Sanitation, dispensaries and jails vaccination Rajputana 1922-1927 - 1922-1927
Year: 1922
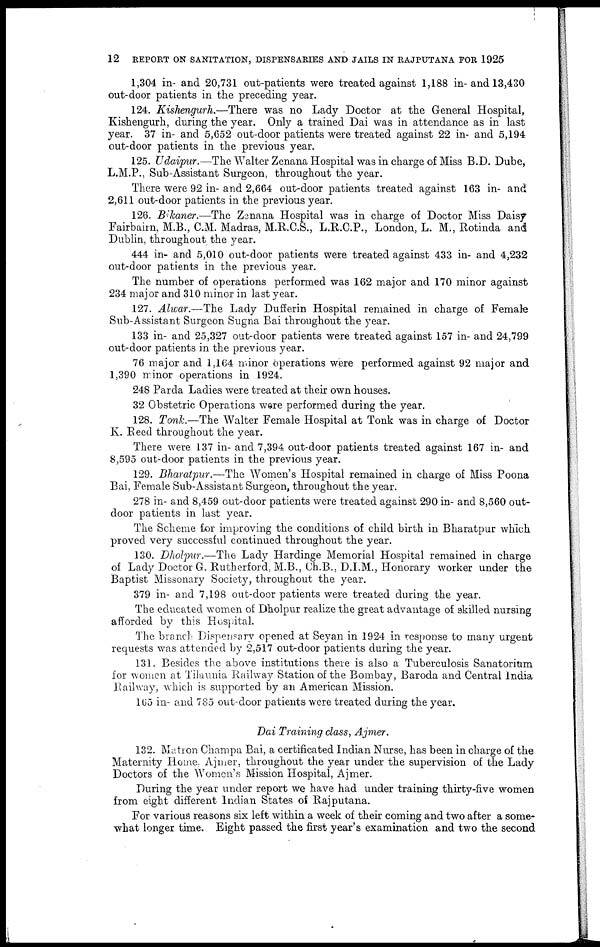
12
REPORT ON SANITATION, DISPENSARIES AND JAILS IN RAJPUTANA FOR 1925
1,304 in- and 20,731 out-patients were treated against 1,188 in-and 13,430
out-door patients in the preceding year.
124. Kishengurh.—There was no Lady Doctor at the General Hospital,
Kishengurh, during the year. Only a trained Dai was in attendance as in last
year. 37 in- and 5,652 out-door patients were treated against 22 in- and 5,194
out-door patients in the previous year.
125. Udaipur.—The Walter Zenana Hospital was in charge of Miss B.D. Dube,
L.M.P., Sub-Assistant Surgeon, throughout the year.
There were 92 in- and 2,664 out-door patients treated against 163 in- and
2,611 out-door patients in the previous year.
126. Bikaner.—The Zenana Hospital was in charge of Doctor Miss Daisy
Fairbairn, M.B., C.M. Madras, M.R.C.S., L.R.C.P., London, L. M., Rotinda and
Dublin, throughout the year.
444 in- and 5,010 out-door patients were treated against 433 in- and 4,232
out-door patients in the previous year.
The number of operations performed was 162 major and 170 minor against
234 major and 310 minor in last year.
127. Alwar.—The Lady Dufferin Hospital remained in charge of Female
Sub-Assistant Surgeon Sugna Bai throughout the year.
133 in- and 25,327 out-door patients were treated against 157 in- and 24,799
out-door patients in the previous year.
76 major and 1,164 minor operations were performed against 92 major and
1,390 minor operations in 1924.
248 Parda Ladies were treated at their own houses.
32 Obstetric Operations were performed during the year.
128. Tonk.—The Walter Female Hospital at Tonk was in charge of Doctor
K. Reed throughout the year.
There were 137 in- and 7,394 out-door patients treated against 167 in- and
8,595 out-door patients in the previous year.
129. Bharatpur.—The Women's Hospital remained in charge of Miss Poona
Bai, Female Sub-Assistant Surgeon, throughout the year.
278 in- and 8,459 out-door patients were treated against 290 in- and 8,560 out-
door patients in last year.
The Scheme for improving the conditions of child birth in Bharatpur which
proved very successful continued throughout the year.
130. Dholpur.—The Lady Hardinge Memorial Hospital remained in charge
of Lady Doctor G. Rutherford, M.B., Ch.B., D.I.M., Honorary worker under the
Baptist Missonary Society, throughout the year.
379 in- and 7,198 out-door patients were treated during the year.
The educated women of Dholpur realize the great advantage of skilled nursing
afforded by this Hospital.
The branch Dispensary opened at Seyan in 1924 in response to many urgent
requests was attended by 2,517 out-door patients during the year.
131. Besides the above institutions there is also a Tuberculosis Sanatorium
for women at Tilaunia Railway Station of the Bombay, Baroda and Central India
Railway, which is supported by an American Mission.
165 in- and 785 out-door patients were treated during the year.
Dai Training class, Ajmer.
132. Matron Champa Bai, a certificated Indian Nurse, has been in charge of the
Maternity Home, Ajmer, throughout the year under the supervision of the Lady
Doctors of the Women's Mission Hospital, Ajmer.
During the year under report we have had under training thirty-five women
from eight different Indian States of Rajputana.
For various reasons six left within a week of their coming and two after a some-
what longer time. Eight passed the first year's examination and two the second